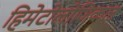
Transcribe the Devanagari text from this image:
हिमेटोलोजिकल